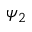
\psi _ { 2 }